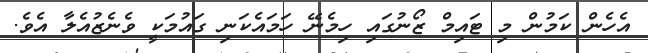
އެހެން ކަމުން މި ޓައިމް ޒޯނުގައި ހިމެނޭ ހަމައެކަނި ގައުމަކީ ވެނެޒުއެލާ އެވެ.